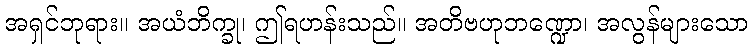
အရှင်ဘုရား။ အယံဘိက္ခု၊ ဤရဟန်းသည်။ အတိဗဟုဘဏ္ဍော၊ အလွန်များသော